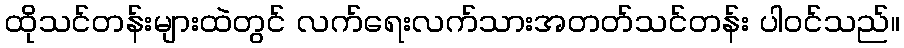
ထိုသင်တန်းများထဲတွင် လက်ရေးလက်သားအတတ်သင်တန်း ပါဝင်သည်။